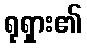
ရုရှား၏